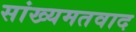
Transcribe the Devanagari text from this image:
सांख्यमतवाद